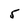
Character: 5